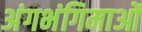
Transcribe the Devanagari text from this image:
अंगभंगिमाओं